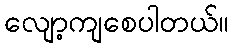
လျော့ကျစေပါတယ်။